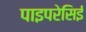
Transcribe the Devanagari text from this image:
पाइपरेसिई